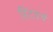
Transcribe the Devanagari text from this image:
हिटवर्थ